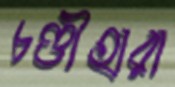
চণ্ডীহারা